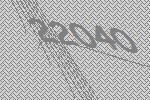
22040